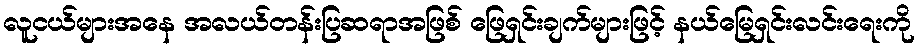
လူငယ်များအနေ အလယ်တန်းပြဆရာအဖြစ် ဖြေရှင်းချက်များဖြင့် နယ်မြေရှင်းလင်းရေးကို